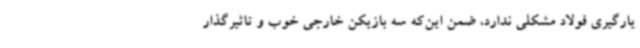
یارگیری فولاد مشکلی ندارد، ضمن این‌که سه بازیکن خارجی خوب و تاثیرگذار